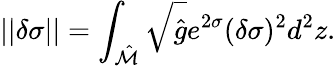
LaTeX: ||\delta\sigma||=\int_{\hat{\cal M}}\sqrt{\hat{g}}e^{2\sigma}(\delta\sigma)^{2}d^{2}z.